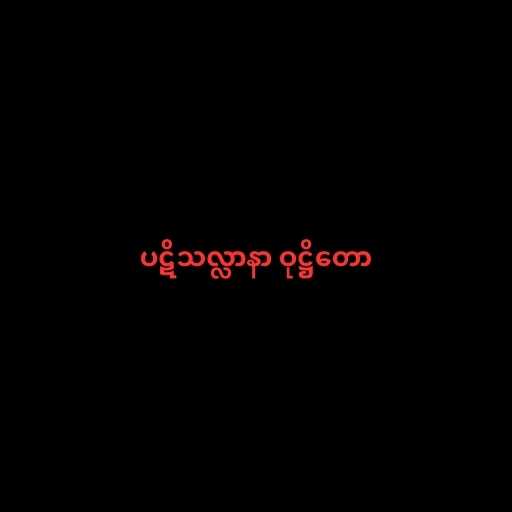
ပဋိသလ္လာနာ ဝုဋ္ဌိတော